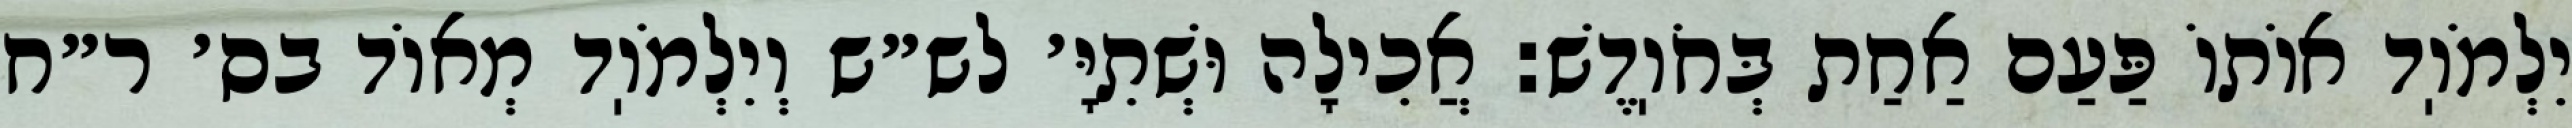
יִלְמֹוֽד אוֹתוֹ פַּעַם אַחַת בְּחֹוֽדֶשׁ: אֲכִילָה וּשְׁתִיָּ׳ לש״ש וְיִלְמֹוֽד מְאוֹד בס׳ ר״ח